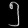
Digit: ၅